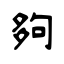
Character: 夠